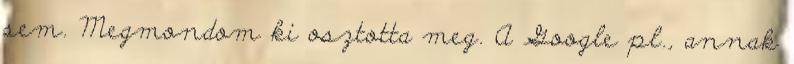
sem. Megmondom ki osztotta meg. A Google pl., annak